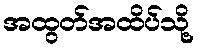
အထွတ်အထိပ်သို့